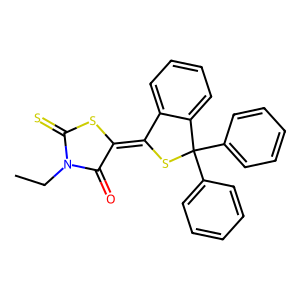
SMILES: CCN1C(=O)C(=C2SC(c3ccccc3)(c3ccccc3)c3ccccc32)SC1=S
Inhibits HIV replication: No